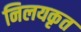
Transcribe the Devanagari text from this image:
निलयकृत